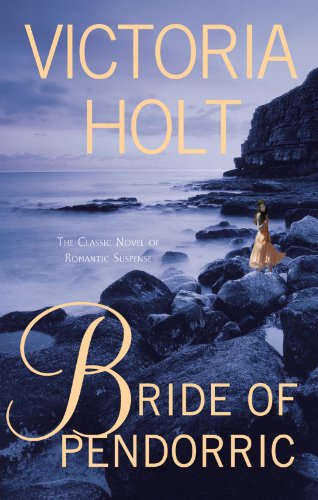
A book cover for Bride of Pendorric; Victoria Holt; Literature & Fiction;